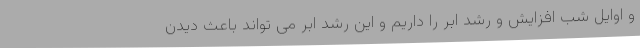
و اوایل شب افزایش و رشد ابر را داریم و این رشد ابر می تواند باعث دیدن